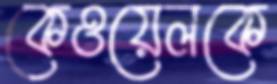
কেওয়েলকে